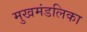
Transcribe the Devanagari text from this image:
मुखमंडलिका